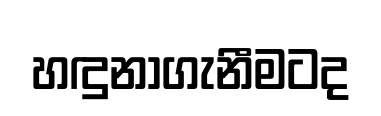
හඳුනාගැනීමටද